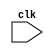
module des_pipeline
    (
        input clk
    );

endmodule